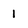
Character: I